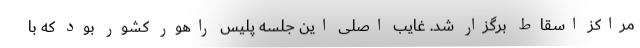
مراکز اسقاط برگزار شد. غایب اصلی این جلسه پلیس راهور کشور بود که با